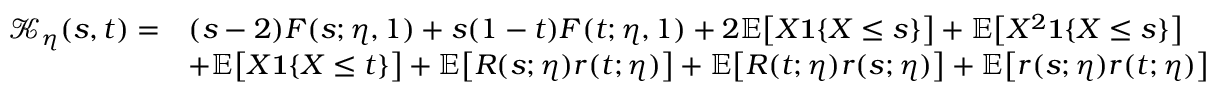
\begin{array} { r l } { \mathcal { K } _ { \eta } ( s , t ) = } & { ( s - 2 ) F ( s ; \eta , 1 ) + s ( 1 - t ) F ( t ; \eta , 1 ) + 2 \mathbb { E } \big [ X \mathbf { 1 } \{ X \leq s \} \big ] + \mathbb { E } \big [ X ^ { 2 } \mathbf { 1 } \{ X \leq s \} \big ] } \\ & { + \mathbb { E } \big [ X \mathbf { 1 } \{ X \leq t \} \big ] + \mathbb { E } \big [ R ( s ; \eta ) r ( t ; \eta ) \big ] + \mathbb { E } \big [ R ( t ; \eta ) r ( s ; \eta ) \big ] + \mathbb { E } \big [ r ( s ; \eta ) r ( t ; \eta ) \big ] } \end{array}